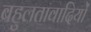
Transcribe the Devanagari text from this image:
बहुलतावादियों